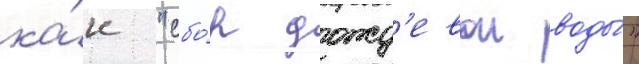
ка́к "сбо́р дожд'евои воды́"